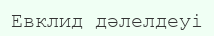
Евклид дәлелдеуі